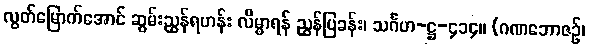
လွတ်မြောက်အောင် ဆွမ်းညွှန်ရဟန်း လိမ္မာရန် ညွှန်ပြခန်း၊ သင်္ဂဟ-ဋ္ဌ-၄၁၄။ (ဂဏဘောဇဉ်၊